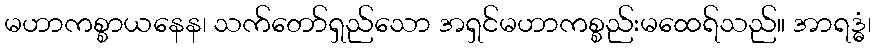
မဟာကစ္စာယနေန၊ သက်တော်ရှည်သော အရှင်မဟာကစ္စည်းမထေရ်သည်။ အာရဒ္ဓံ၊